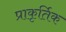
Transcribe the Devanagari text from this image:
प्राकृर्तिक